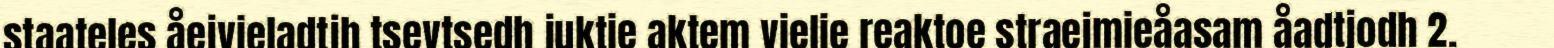
staateles åejvieladtjh tsevtsedh juktie aktem vielie reaktoe straejmieåasam åadtjodh 2.